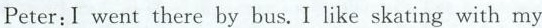
Peter:I went there by bus.I like skating with my